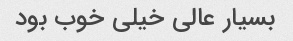
بسیار عالی خیلی خوب بود